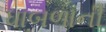
ધાબળાની